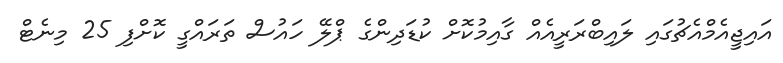
އައިޖީއެމްއެޗުގައި ލައިބްރަރީއެއް ގާއިމުކޮށް ކުޑަދިންގެ ޕްލޭ ހައުސް ތަރައްގީ ކޮށްފި 25 މިނެޓް